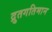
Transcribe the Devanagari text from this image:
द्रुतगतिमान